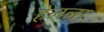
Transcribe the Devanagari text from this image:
हेलला